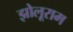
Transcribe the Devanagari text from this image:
झोलूराम